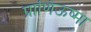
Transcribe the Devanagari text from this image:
प्राणिऊष्मा